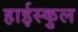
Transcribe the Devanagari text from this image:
हाईस्कुल